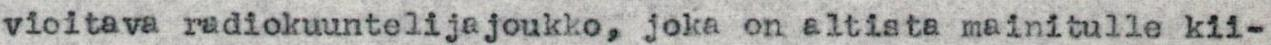
vioitava radiokuuntelijajoukko, joka on altista mainitulle kii-